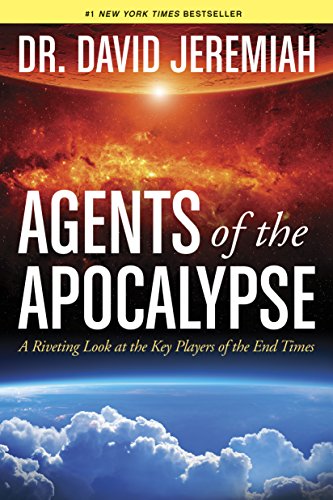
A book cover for Agents of the Apocalypse: A Riveting Look at the Key Players of the End Times; David Jeremiah; Christian Books & Bibles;